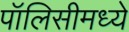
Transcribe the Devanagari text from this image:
पॉलिसीमध्ये